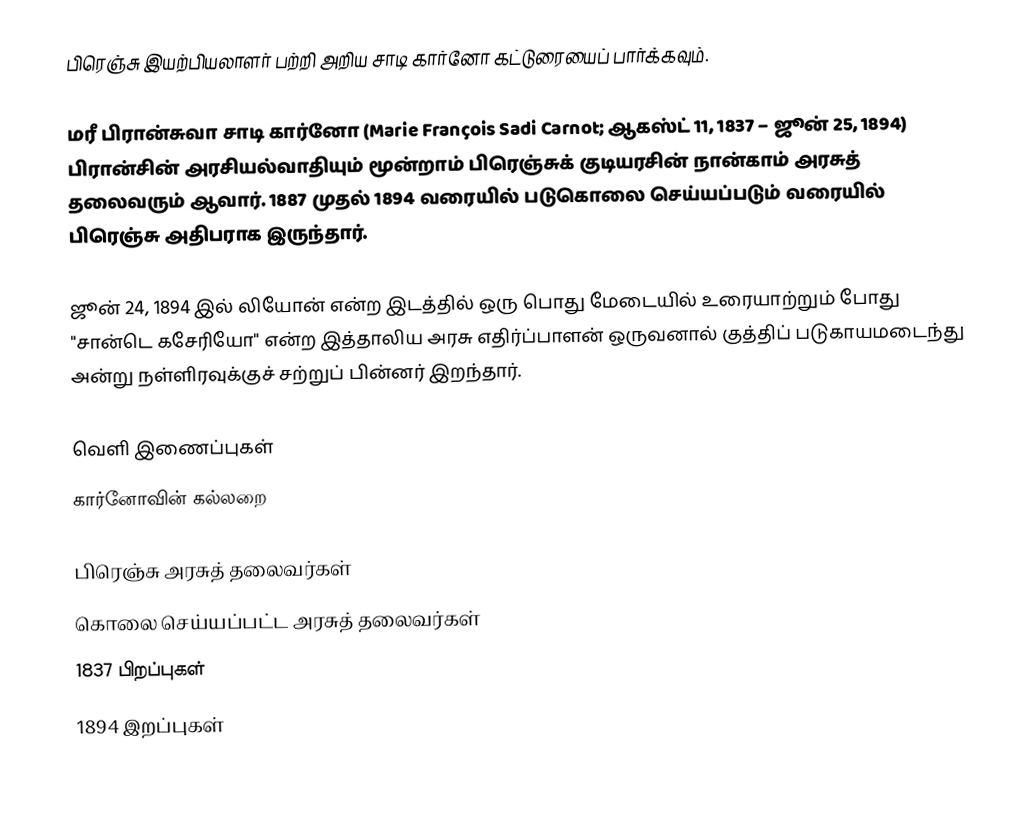
பிரெஞ்சு இயற்பியலாளர் பற்றி அறிய சாடி கார்னோ கட்டுரையைப் பார்க்கவும்.

மரீ பிரான்சுவா சாடி கார்னோ (Marie François Sadi Carnot; ஆகஸ்ட் 11, 1837 – ஜூன் 25, 1894) பிரான்சின் அரசியல்வாதியும் மூன்றாம் பிரெஞ்சுக் குடியரசின் நான்காம் அரசுத் தலைவரும் ஆவார். 1887 முதல் 1894 வரையில் படுகொலை செய்யப்படும் வரையில் பிரெஞ்சு அதிபராக இருந்தார்.

ஜூன் 24, 1894 இல் லியோன் என்ற இடத்தில் ஒரு பொது மேடையில் உரையாற்றும் போது "சான்டெ கசேரியோ" என்ற இத்தாலிய அரசு எதிர்ப்பாளன் ஒருவனால் குத்திப் படுகாயமடைந்து அன்று நள்ளிரவுக்குச் சற்றுப் பின்னர் இறந்தார்.

வெளி இணைப்புகள்
 கார்னோவின் கல்லறை

பிரெஞ்சு அரசுத் தலைவர்கள்
கொலை செய்யப்பட்ட அரசுத் தலைவர்கள்
1837 பிறப்புகள்
1894 இறப்புகள்